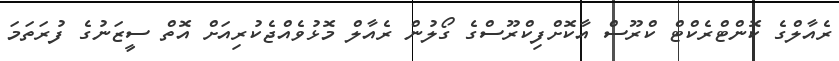
ރެއާލްގެ ކޮންޓްރެކްޓް ކްރޫސް އާކޮށްފިކްރޫސްގެ ގޯލުން ރެއާލް މޮޅުވެއްޖެކުރިއަށް އޮތް ސީޒަނުގެ ފުރަތަމަ